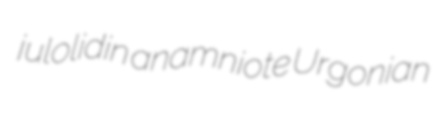
julolidin anamniote Urgonian